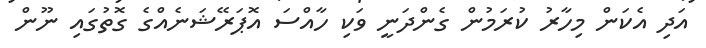
އަދި އެކަން މިހާރު ކުރަމުން ގެންދަނީ ވަކި ހާއްސަ އޮޕަރޭޝަނެއްގެ ގޮތުގައި ނޫން